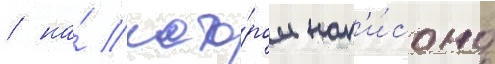
/ на́ кото́ром нап'и́сано